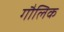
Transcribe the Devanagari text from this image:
गौलिक